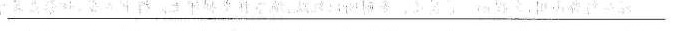
___